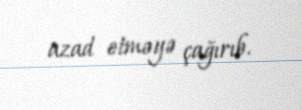
azad etməyə çağırıb.